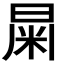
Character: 𣌻